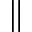
\parallel